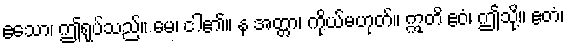
ဧသော၊ ဤရုပ်သည်။ မေ၊ ငါ၏။ န အတ္တာ၊ ကိုယ်မဟုတ်။ ဣတိ ဧဝံ၊ ဤသို့။ ဧတံ၊